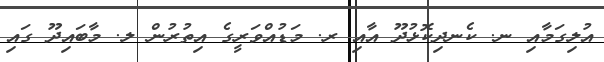
އުލިގަމާއި ނ. ކެނދިކޮޅުދޫ އާއި ރ. މަޑުއްވަރީގެ އިތުރުން ލ. މާބައިދޫ ގައި